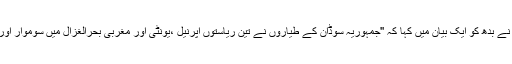
جنوبی سوڈان کی فوج کے ترجمان کیلا کوئتھ نے بدھ کو ایک بیان میں کہا کہ ''جمہوریہ سوڈان کے طیاروں نے تین ریاستوں اَپرنیل ،یونٹی اور مغربی بحرالغزال میں سوموار اور منگل کو شہری علاقوں پر بمباری کی تھی''۔